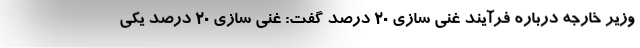
وزیر خارجه درباره فرآیند غنی سازی ۲۰ درصد گفت: غنی سازی ۲۰ درصد یکی